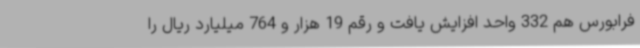
فرابورس هم 332 واحد افزایش یافت و رقم 19 هزار و 764 میلیارد ریال را